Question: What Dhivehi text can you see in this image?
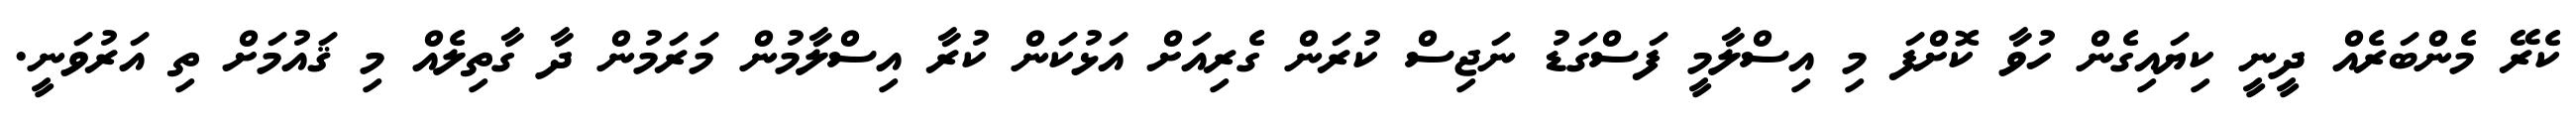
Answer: ކެރޭ މެންބަރެއް ދީނީ ކިޔައިގެން ހުވާ ކޮށްފަ މި އިސްލާމީ ފަސްގަޑު ނަޖިސް ކުރަން ގެރިއަށް އަޅުކަން ކުރާ އިސްލާމުން މަރަމުން ދާ ގާތިލެއް މި ޤައުމަށް ތި އަރުވަނީ.